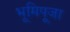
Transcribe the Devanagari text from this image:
भूमिपूजा